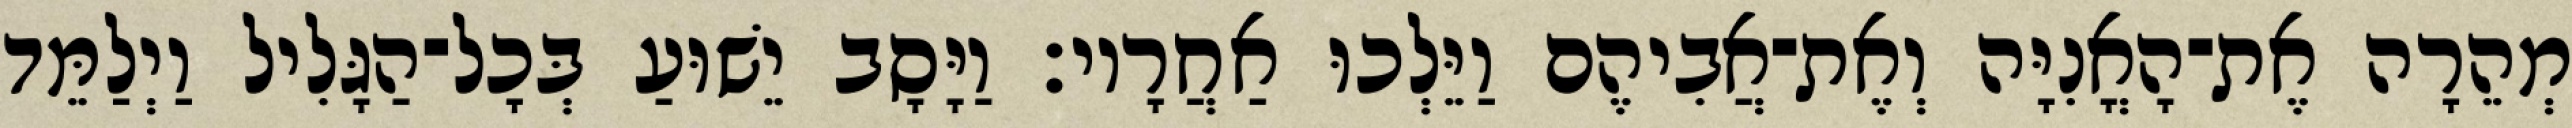
מְהֵרָה אֶת־הָאֳנִיָּה וְאֶת־אֲבִיהֶם וַיֵּלְכוּ אַחֲרָיו׃ וַיָּסָב יֵשׁוּעַ בְּכָל־הַגָּלִיל וַיְלַמֵּד